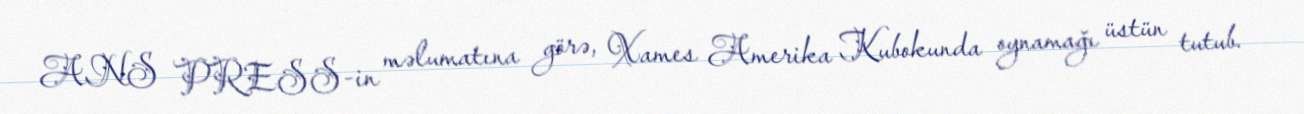
ANS PRESS-in məlumatına görə, Xames Amerika Kubokunda oynamağı üstün tutub.